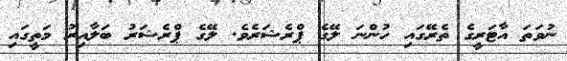
ނުވަތަ އާޓަރީގެ ތެރޭގައި ހުންނަ ލޭގެ ޕްރެޝަރެވެ. ލޭގެ ޕްރެޝަރު ބަލާއިރު މަތީގައި